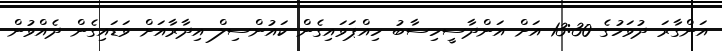
އަންގާރަ ދުވަހުގެ 13:30 އަށް އަންދާސީހިސާބު ހިއްޕަވައިގެން ކައުންސިލް އިދާރާއަށް ވަޑައިގެން ދެއްވުން